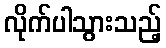
လိုက်ပါသွားသည့်